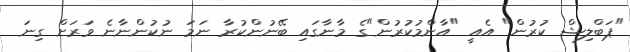
"ޕަބްލިޝް ކުރުން" އެއީ "އާންމުކުރުން"ގެ މާނާގައި ބޭނުންކުރާ ނަމަ ނުކުންނާނެ ވަރަށް ގިނަ